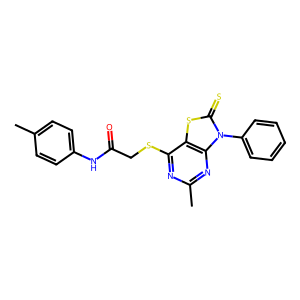
SMILES: Cc1ccc(NC(=O)CSc2nc(C)nc3c2sc(=S)n3-c2ccccc2)cc1
Inhibits HIV replication: No